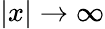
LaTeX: \lvert x\rvert\to\infty